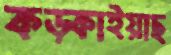
কড়্‌কাইয়াছ